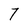
Character: 7